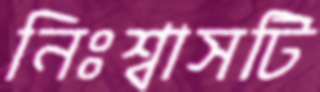
নিঃশ্বাসটি